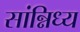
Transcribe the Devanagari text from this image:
सांन्निध्य